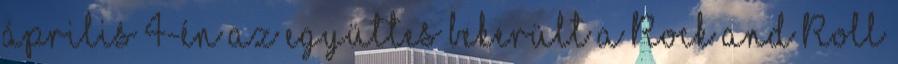
április 4-én az együttes bekerült a Rock and Roll